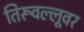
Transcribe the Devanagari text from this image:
तिरूवल्लूवर